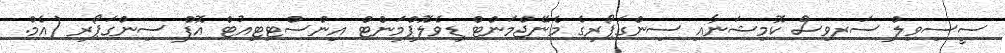
ސީސިވިލް ސަރވިސް ކޮމިޝަނާއި ސިންގަޕޯރގެ މެނޭޖްމަންޓް ޑިވެލޮޕްމަންޓް އިންސްޓިޓިއުޓް އޮފް ސިންގަޕޯރ (އެމް.